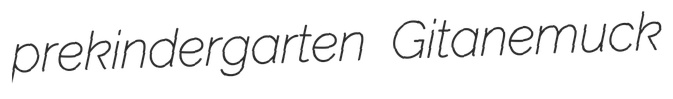
prekindergarten Gitanemuck